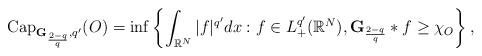
LaTeX: \begin{align*} \operatorname{Cap}_{\mathbf{G}_{\frac{2-q}{q}},q'}(O)=\inf\left\{\int_{\mathbb{R}^{N}}|f|^{q'}dx: f\in L^{q'}_+(\mathbb{R}^{N}), \mathbf{G}_{\frac{2-q}{q}}*f\geq \chi_O\right\}, \end{align*}